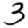
Digit: 3